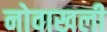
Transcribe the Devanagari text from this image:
नोवाखली